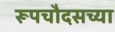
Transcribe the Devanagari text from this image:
रूपचौदसच्या